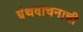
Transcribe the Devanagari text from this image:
ग्रंथवाचनाची